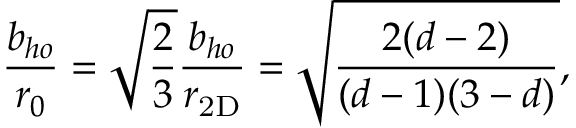
\frac { b _ { h o } } { r _ { 0 } } = \sqrt { \frac { 2 } { 3 } } \frac { b _ { h o } } { r _ { \mathrm { 2 D } } } = \sqrt { \frac { 2 ( d - 2 ) } { ( d - 1 ) ( 3 - d ) } } ,